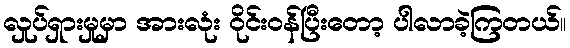
လှုပ်ရှားမှုမှာ အားလုံး ဝိုင်းဝန်ပြီးတော့ ပါလာခဲ့ကြတယ်။